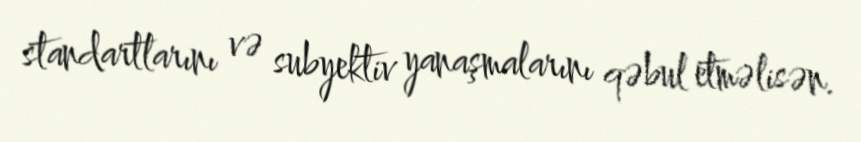
standartlarını və subyektiv yanaşmalarını qəbul etməlisən.